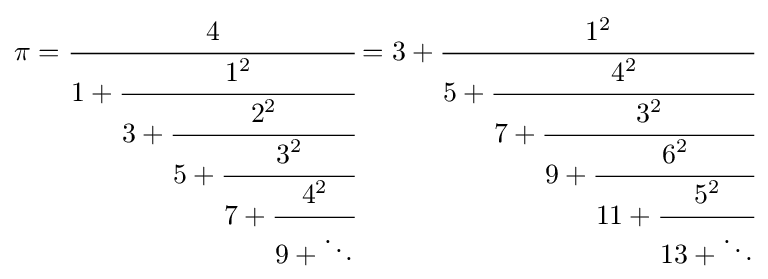
\pi ={\cfrac {4}{1+{\cfrac {1^{2}}{3+{\cfrac {2^{2}}{5+{\cfrac {3^{2}}{7+{\cfrac {4^{2}}{9+\ddots }}}}}}}}}}=3+{\cfrac {1^{2}}{5+{\cfrac {4^{2}}{7+{\cfrac {3^{2}}{9+{\cfrac {6^{2}}{11+{\cfrac {5^{2}}{13+\ddots }}}}}}}}}}